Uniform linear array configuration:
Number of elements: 48
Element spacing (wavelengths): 1
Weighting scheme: exponential
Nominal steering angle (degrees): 0
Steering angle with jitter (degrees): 0.6889
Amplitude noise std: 0.05
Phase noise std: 0.05

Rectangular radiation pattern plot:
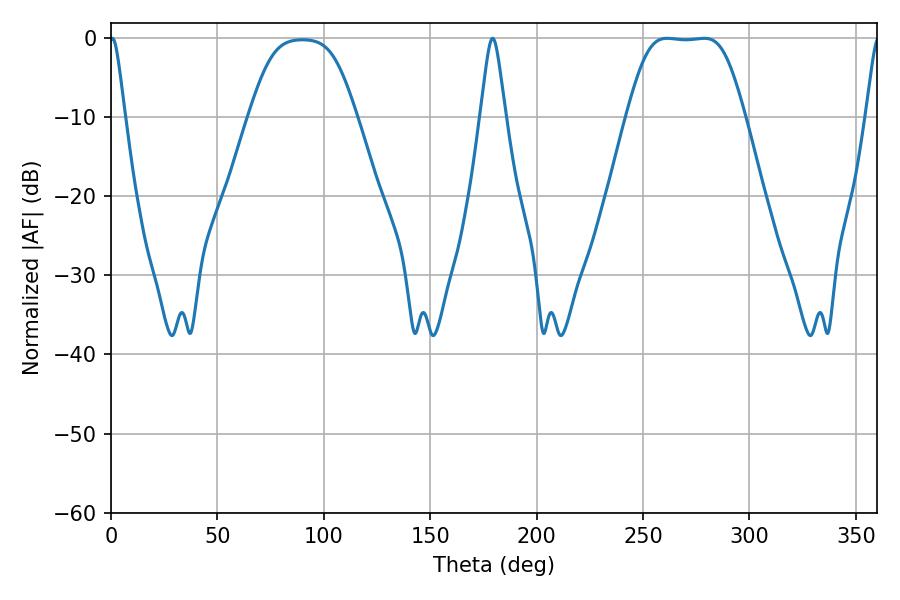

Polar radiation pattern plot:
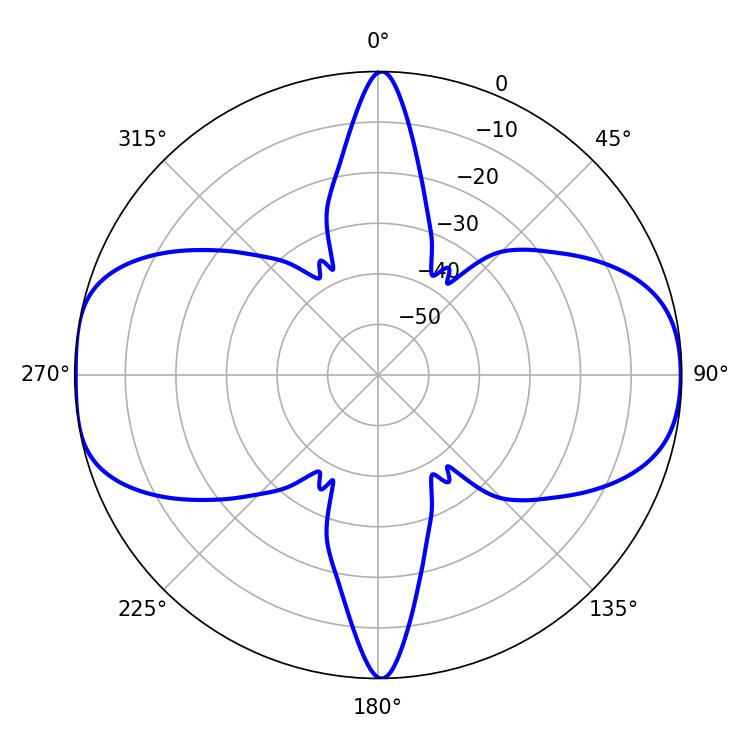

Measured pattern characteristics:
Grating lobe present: TRUE
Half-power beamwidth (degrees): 39.96
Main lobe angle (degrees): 261.36